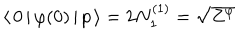
\langle \, 0 \, | \, \varphi ( 0 ) \, | \, p \, \rangle = 2 N _ { 1 } ^ { ( 1 ) } = \sqrt { Z ^ { \varphi } }